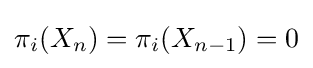
\pi _{i}(X_{n})=\pi _{i}(X_{n-1})=0